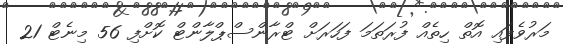
މަރުވެފައި އޮތް ހިތެއް ފުރަތަމަ ފަހަރަށް ޓްރާންސްޕްލާންޓް ކޮށްފި 56 މިނެޓް 21